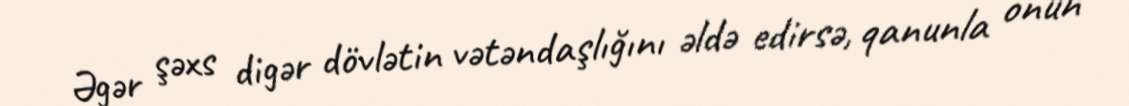
Əgər şəxs digər dövlətin vətəndaşlığını əldə edirsə, qanunla onun